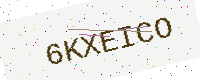
Text: 6KXEICO